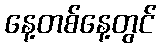
နေ့တစ်နေ့တွင်